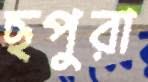
ছপুরা